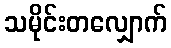
သမိုင်းတလျှောက်